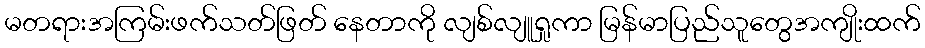
မတရားအကြမ်းဖက်သတ်ဖြတ် နေတာကို လျစ်လျူရှုကာ မြန်မာပြည်သူတွေအကျိုးထက်